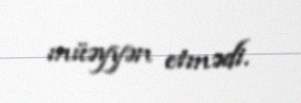
müəyyən etmədi.